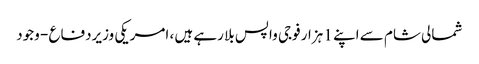
شمالی شام سے اپنے 1 ہزار فوجی واپس بلا رہے ہیں ، امریکی وزیردفاع - وجود